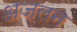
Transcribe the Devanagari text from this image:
अजलन